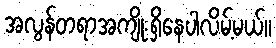
အလွန်တရာအကျိုးရှိနေပါလိမ့်မယ်။